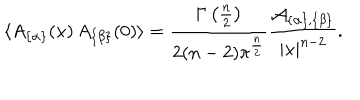
\langle A _ { \{ \alpha \} } ( x ) \, A _ { \{ \beta \} } ( 0 ) \rangle = { \frac { \Gamma \left( { \frac { n } { 2 } } \right) } { 2 ( n - 2 ) \pi ^ { \frac { n } { 2 } } } } { \frac { { \cal A } _ { \{ \alpha \} , \{ \beta \} } } { | x | ^ { n - 2 } } } .